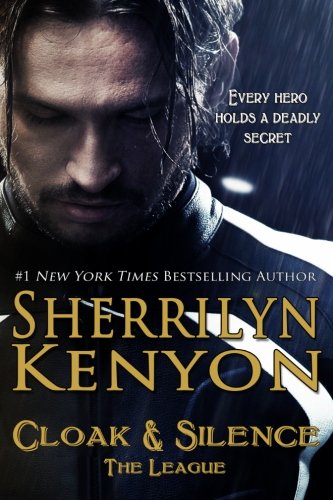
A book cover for Cloak & Silence (The League); Sherrilyn Kenyon; Romance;